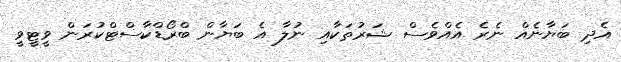
އެދި ބަޔާނެއް ނެރެ އެއްވެސް ޝަރުތަކާއި ނުލާ އެ ބަޔާން ބްރޯޑްކާސްޓްކުރަން ވީޓީވީ